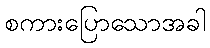
စကားပြောသောအခါ